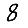
Digit: 8